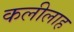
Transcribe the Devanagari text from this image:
कलीलाह